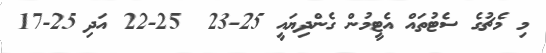
މި މެޗުގެ ސެޓުތައް އެޓީމުން ގެންދިޔައީ 25-23  25-22 އަދި 25-17